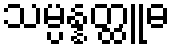
သမ္ပန္နတ္ထူဓ